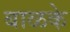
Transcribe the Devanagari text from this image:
बाळके